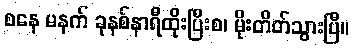
စနေ မနက် ခုနစ်နာရီထိုးပြီးစ၊ မိုးတိတ်သွားပြီ။